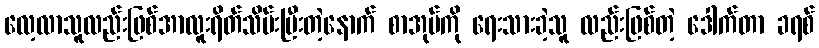
လေ့လာသူလည်းဖြစ်အာလူးရိတ်သိမ်းပြီးတဲ့နောက် စာအုပ်ကို ရေးသားခဲ့သူ လည်းဖြစ်တဲ့ ဒေါက်တာ ခရစ်